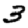
Digit: 3